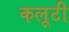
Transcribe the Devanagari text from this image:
कलूटी